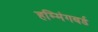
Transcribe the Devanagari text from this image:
हम्मिंगबर्ड